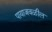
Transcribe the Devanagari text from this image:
पायाजवळील